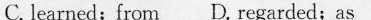
C. learned;from D. Regarded;as